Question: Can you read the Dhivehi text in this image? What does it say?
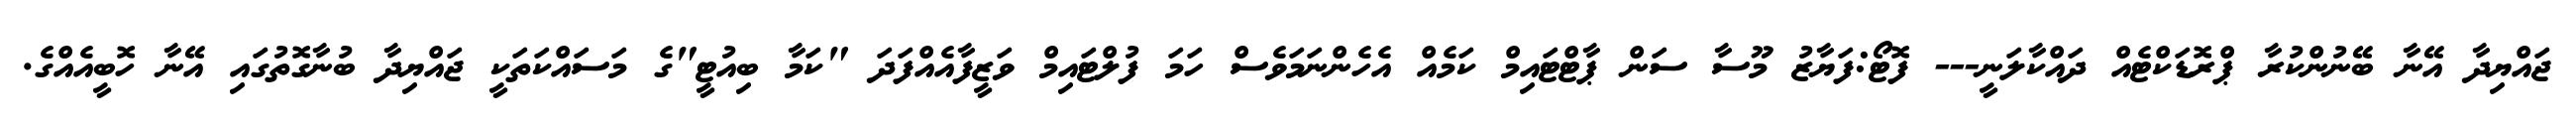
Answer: ޖައްޔިދާ އޭނާ ބޭނުންކުރާ ޕްރޮޑަކްޓެއް ދައްކާލަނީ--- ފޮޓޯ:ފަޔާޒު މޫސާ ސަން ޕާޓްޓައިމް ކަމެއް އެހެންނަމަވެސް ހަމަ ފުލްޓައިމް ވަޒީފާއެއްފަދަ "ކަމާ ބިއުޓީ"ގެ މަސައްކަތަކީ ޖައްޔިދާ ބުނާގޮތުގައި އޭނާ ހޮބީއެއްގެ.